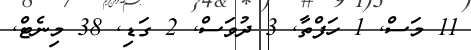
11 މަސް